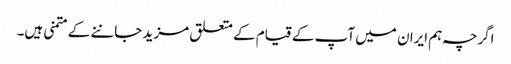
اگرچہ ہم ایران میں آپ کے قیام کے متعلق مزید جاننے کے متمنی ہیں۔